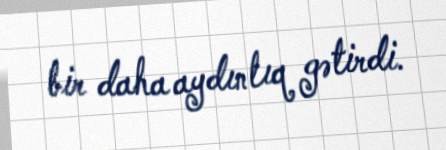
bir daha aydınlıq gətirdi.